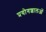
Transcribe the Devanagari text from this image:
प्रयोगशालओं